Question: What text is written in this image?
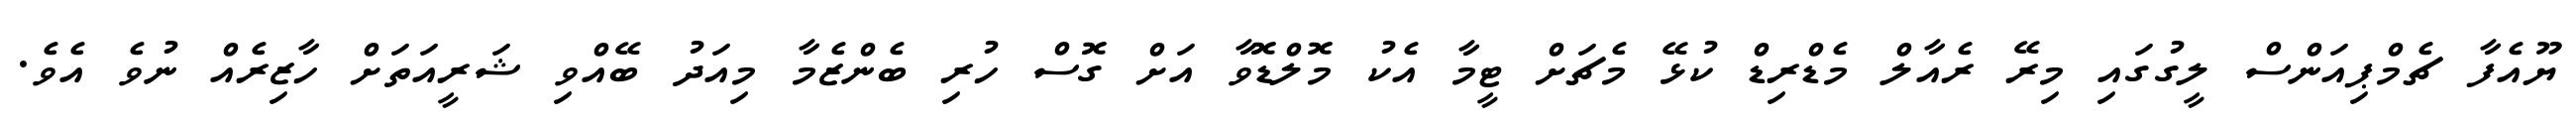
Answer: ޔޫއެފާ ޗެމްޕިއަންސް ލީގުގައި މިރޭ ރެއާލް މެޑްރިޑް ކުޅޭ މެޗަށް ޓީމާ އެކު މޮލްޑޮވާ އަށް ގޮސް ހުރި ބެންޒެމާ މިއަދު ބޭއްވި ޝަރީއަތަށް ހާޒިރެއް ނުވެ އެވެ.